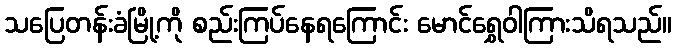
သပြေတန်းခံမြို့ကို စည်းကြပ်နေရကြောင်း မောင်ရွှေဝါကြားသိရသည်။